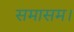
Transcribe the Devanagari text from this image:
समासम।